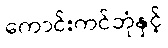
ကောင်းကင်ဘုံနှင့်